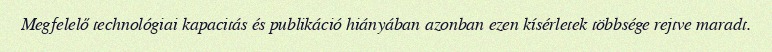
Megfelelő technológiai kapacitás és publikáció hiányában azonban ezen kísérletek többsége rejtve maradt.